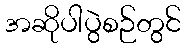
အဆိုပါပွဲစဉ်တွင်